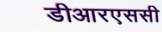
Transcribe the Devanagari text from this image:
डीआरएससी